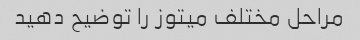
مراحل مختلف میتوز را توضیح دهید